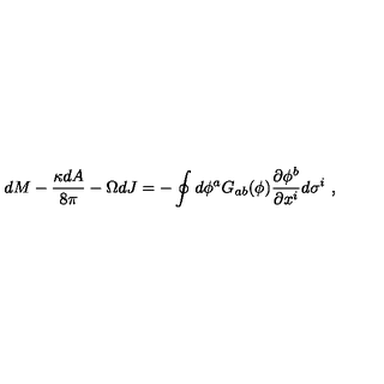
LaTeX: d M - { \frac { \kappa d A } { 8 \pi } } - \Omega d J = - \oint { d \phi ^ { a } G _ { a b } ( \phi ) { \frac { \partial \phi ^ { b } } { \partial x ^ { i } } } d \sigma ^ { i } } \ ,